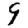
Digit: 9